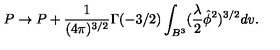
P \rightarrow P + \frac { 1 } { ( 4 \pi ) ^ { 3 / 2 } } \Gamma ( - 3 / 2 ) \int _ { B ^ { 3 } } ( \frac { \lambda } { 2 } \hat { \phi } ^ { 2 } ) ^ { 3 / 2 } d v .